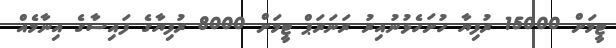
ޓީމަށް 15000 ރުފިޔާ ހުށަހެޅުނުއިރު ރަނަރަޕް ޓީމަށް 8000 ރުފިޔާގެ ފައިސާގެ އިނާމެއް